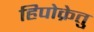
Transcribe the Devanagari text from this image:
हिपोक्रेतु